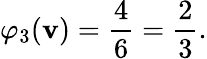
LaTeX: \varphi_{3}(\mathbf{v})={\frac{{4}}{{6}}}={\frac{{2}}{{3}}}.